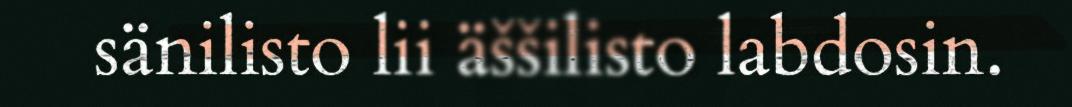
sänilisto lii äššilisto labdosin.